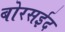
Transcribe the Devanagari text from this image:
बोरसईद